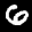
Label: 6